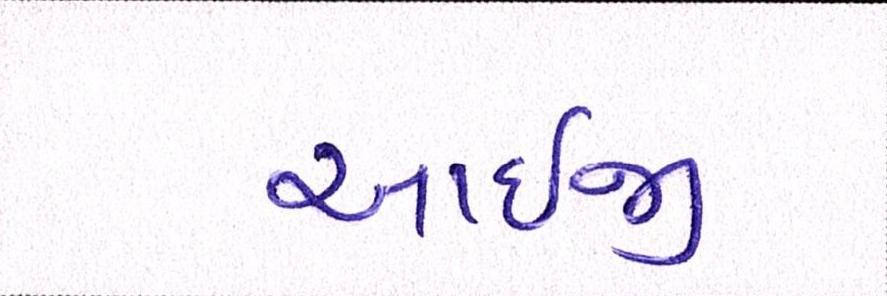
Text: આઇજી